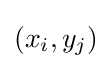
(x_{i},y_{j})